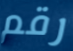
رقم